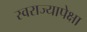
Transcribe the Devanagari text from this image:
स्वराज्यापेक्षा